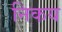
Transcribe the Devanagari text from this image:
निकय